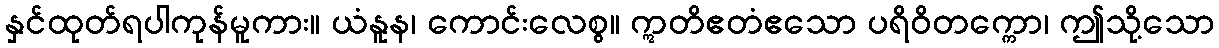
နှင်ထုတ်ရပါကုန်မူကား။ ယံနူန၊ ကောင်းလေစွ။ ဣတိဧတံဧသော ပရိဝိတက္ကော၊ ဤသို့သော